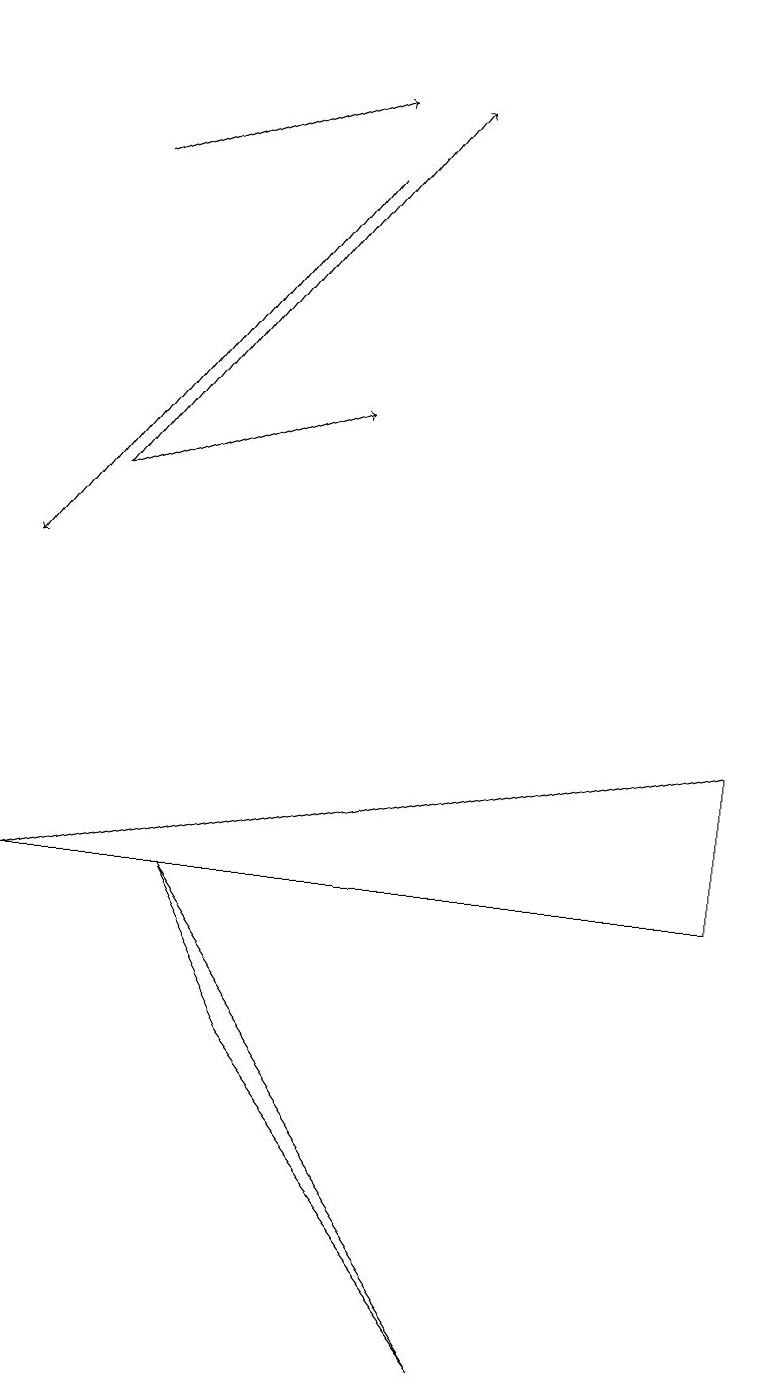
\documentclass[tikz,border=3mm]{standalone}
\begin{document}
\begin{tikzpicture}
\draw (3,4) -- (2,6) -- (6,0) -- cycle;
\draw (0,6) -- (9,8) -- (9,6) -- cycle;
\draw (4,17) rectangle (4,17);
\draw[->] (1,15) -- (4,16);
\draw[->] (1,11) -- (4,12);
\draw[->] (4,15) -- (0,10);
\draw[->] (1,11) -- (5,16);
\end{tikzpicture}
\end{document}